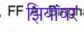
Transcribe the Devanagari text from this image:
झियांवर